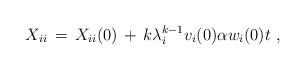
LaTeX: \begin{align*}X_{ii} \,=\, X_{ii}(0) \,+\, k \lambda_i^{k-1} v_i(0) \alpha w_i(0) t \ ,\end{align*}